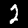
Digit: 2